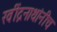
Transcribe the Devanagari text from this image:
रवींद्रनाथांनीच